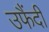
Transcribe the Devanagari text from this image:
उफैंदी